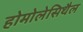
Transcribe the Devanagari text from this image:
होमोलेसिथैल